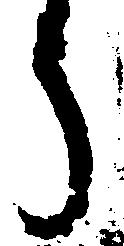
う